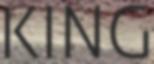
KING